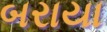
બરાયા